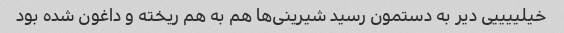
خیلییییی دیر به دستمون رسید شیرینی‌ها هم به هم ریخته و داغون شده بود